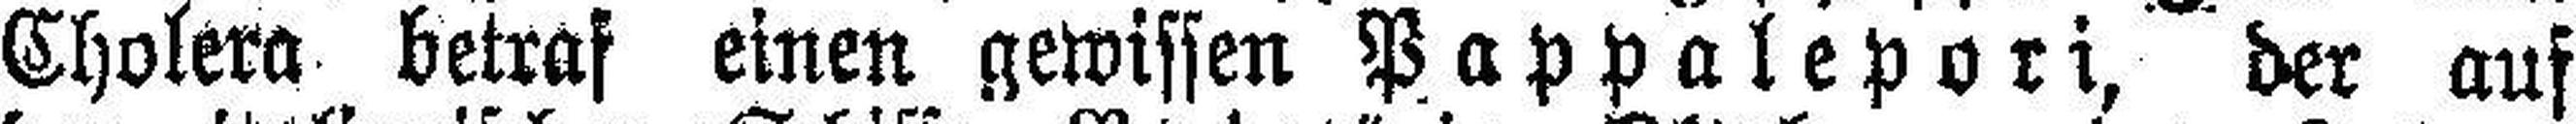
Cholera betraf einen gewissen Pappalepori, der auf